Tezpur Lunatic Asylum reports 1877-1894 - 1877-1894
Year: 1877
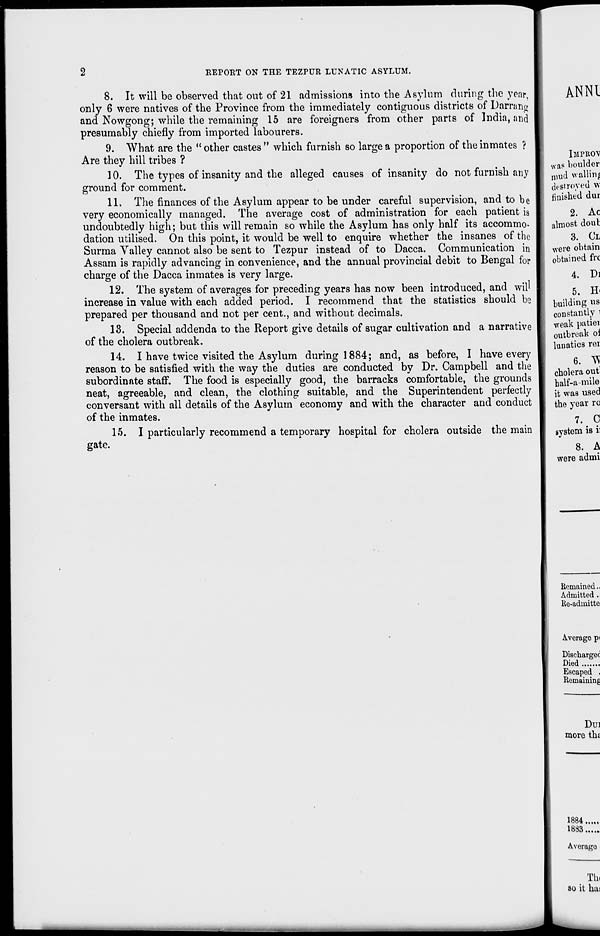
REPORT ON THE TEZPUR LUNATIC ASYLUM.
8. It will be observed that out of 21 admissions into the Asylum during the year,
only 6 were natives of the Province from the immediately contiguous districts of Darrang
and Nowgong; while the remaining 15 are foreigners from other parts of India, and
presumably chiefly from imported labourers.
9. What are the " other castes " which furnish so large a proportion of the inmates ?
Are they hill tribes ?
10. The types of insanity and the alleged causes of insanity do not furnish any
ground for comment.
11. The finances of the Asylum appear to be under careful supervision, and to be
very economically managed. The average cost of administration for each patient is
undoubtedly high; but this will remain so while the Asylum has only half its accommo-
dation utilised. On this point, it would be well to enquire whether the insanes of the
Surma Valley cannot also be sent to Tezpur instead of to Dacca. Communication in
Assam is rapidly advancing in convenience, and the annual provincial debit to Bengal for
charge of the Dacca inmates is very large.
12. The system of averages for preceding years has now been introduced, and will
increase in value with each added period. I recommend that the statistics should be
prepared per thousand and not per cent., and without decimals.
13. Special addenda to the Report give details of sugar cultivation and a narrative
of the cholera outbreak.
14. I have twice visited the Asylum during 1884; and, as before, I have every
reason to be satisfied with the way the duties are conducted by Dr. Campbell and the
subordinate staff. The food is especially good, the barracks comfortable, the grounds
neat, agreeable, and clean, the clothing suitable, and the Superintendent perfectly
conversant with all details of the Asylum economy and with the character and conduct
of the inmates.
15. I particularly recommend a temporary hospital for cholera outside the main
gate.